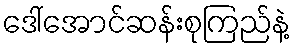
ဒေါ်အောင်ဆန်းစုကြည်နဲ့